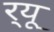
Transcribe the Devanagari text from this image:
र्‌यू